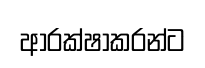
ආරක්ෂාකරන්ට